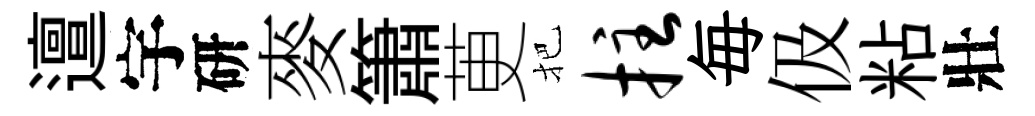
邅宇研麥簫茰把拄毎伋粘壯